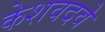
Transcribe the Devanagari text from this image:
केशवदवे